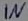
Text: IN